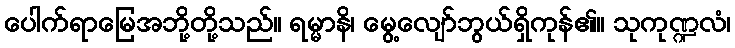
ပေါက်ရာမြေအဘို့တို့သည်။ ရမ္မာနိ၊ မွေ့လျော်ဘွယ်ရှိကုန်၏။ သုကုဏ္ဍလံ၊